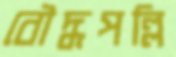
বৌদ্ধপল্লি